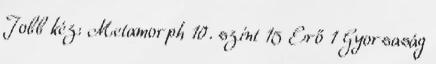
Jobb kéz: Metamorph 10. szint 15 Erő 1 Gyorsaság